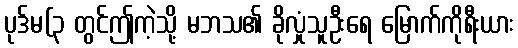
ပုဒ်မ(၃ တွင်ဤကဲ့သို့ မဘသ၏ ခိုလှုံသူဦးရေ မြောက်ကိုရီးယား